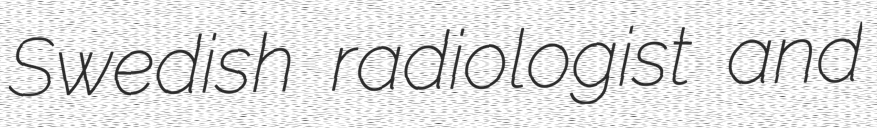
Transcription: Swedish radiologist and